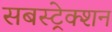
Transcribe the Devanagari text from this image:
सबस्ट्रेक्शन